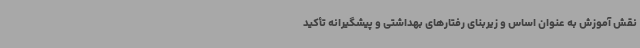
نقش آموزش به عنوان اساس و زیربنای رفتارهای بهداشتی و پیشگیرانه تأکید